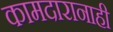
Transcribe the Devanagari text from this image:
कामदारानाही